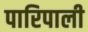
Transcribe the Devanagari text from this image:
पारिपाली